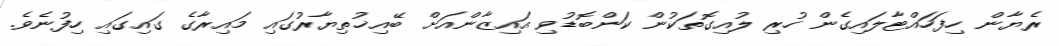
ރެޔާން ހިފަހައްޓާލައިގެން ހުރި ލުއިގޮތަކުން ކަންބޮޑުވި އައިޒާންއަށް ބޭއިޚުތިޔާރުގައި މައިރާގެ ގައިގައި ހިފުނެވެ.